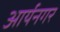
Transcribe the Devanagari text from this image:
आर्यनगर